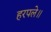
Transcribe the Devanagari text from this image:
हरपले॥